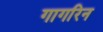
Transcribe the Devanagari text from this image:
गागरिन